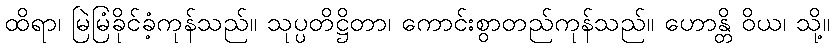
ထိရာ၊ မြဲမြံခိုင်ခံ့ကုန်သည်။ သုပ္ပတိဋ္ဌိတာ၊ ကောင်းစွာတည်ကုန်သည်။ ဟောန္တိ ဝိယ၊ သို့။